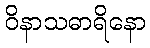
ဝိနာသဓာရိနော